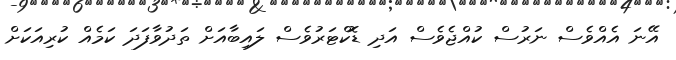
އޭނަ އެއްވެސް ނަރުސް ކުއްޖެވެސް އަދި ޑޮކްޓަރުވެސް ލައިބާއަށް ތަދުވާފަދަ ކަމެއް ކުރިއަކަށް